Report of the Bombay Veterinary College
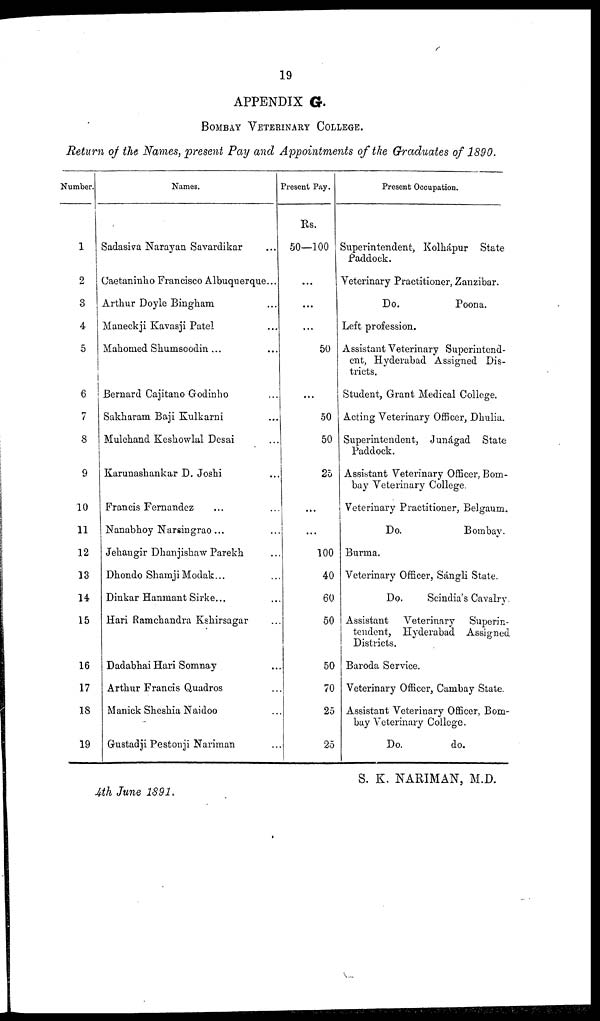
19
APPENDIX G.
BOMBAY VETERINARY COLLEGE.
Return of the Names, present Pay and Appointments of the Graduates of 1890.
Number.
1
2
3
4
5
6
7
8
9
10
11
12
13
14
15
16
17
18
19
Names.
Sadasiva Narayan Savardikar ...
Caetaninho Francisco Albuquerque...
Arthur Doyle Bingham ...
Maneckji Kavasji Patel ...
Mahomed Shumsoodin... ...
Bernard Cajitano Godinho ...
Sakharam Baji Kulkarni ...
Mulchand Keshowlal Desai ...
Karunashankar D. Joshi ...
Francis Fernandez ... ...
Nanabhoy Narsingrao... ...
Jehangir Dhanjishaw Parekh ...
Dhondo Shamji Modak... ...
Dinkar Hanmant Sirke... ...
Hari Ramchandra Kshirsagar ...
Dadabhai Hari Somnay ...
Arthur Francis Quadros ...
Manick Sheshia Naidoo ...
Gustadji Pestonji Nariman ...
Present Pay.
Rs.
50—100
...
...
...
50
...
50
50
25
...
...
100
40
60
50
50
70
25
25
Present Occupation.
Superintendent, Kolhápur State
Paddock.
Veterinary Practitioner, Zanzibar.
Do.
Poona.
Left profession.
Assistant Veterinary Superintend-
ent, Hyderabad Assigned Dis-
tricts.
Student, Grant Medical College.
Acting Veterinary Officer, Dhulia.
Superintendent, Junágad State
Paddock.
Assistant Veterinary Officer, Bom-
bay Veterinary College.
Veterinary Practitioner, Belgaum.
Do.
Bombay.
Burma.
Veterinary Officer, Sángli State.
Do.
Scindia's Cavalry.
Assistant Veterinary
Superin-
tendent, Hyderabad Assigned
Districts.
Baroda Service.
Veterinary Officer, Cambay State.
Assistant Veterinary Officer, Bom-
bay Veterinary College.
Do.
do.
S. K. NARIMAN, M.D.
4th June 1891.